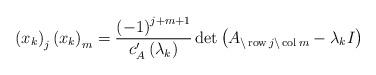
LaTeX: \begin{align*}\left( x_{k}\right) _{j}\left( x_{k}\right) _{m}=\frac{\left( -1\right)^{j+m+1}}{c_{A}^{\prime}\left( \lambda_{k}\right) }\det\left(A_{\backslash\operatorname{row}j\backslash\operatorname{col}m}-\lambda_{k}I\right) \end{align*}